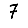
Digit: 7